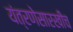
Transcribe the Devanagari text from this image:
यंत्रणेसारखीच